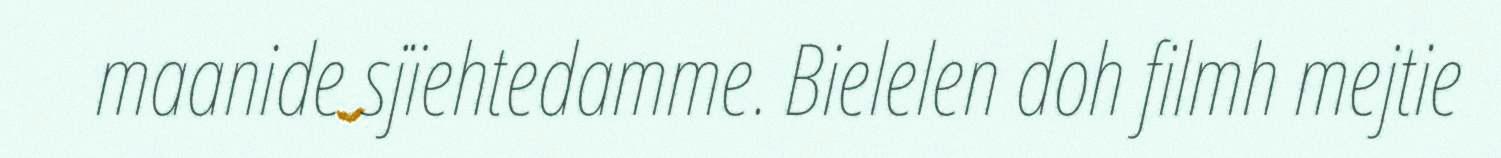
maanide sjïehtedamme. Bielelen doh filmh mejtie